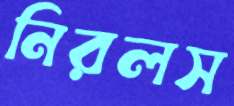
নিরলস